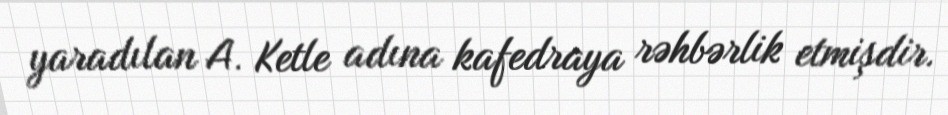
yaradılan A. Ketle adına kafedraya rəhbərlik etmişdir.